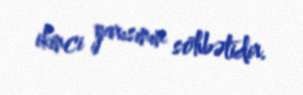
ikinci yarısının söhbətidir.